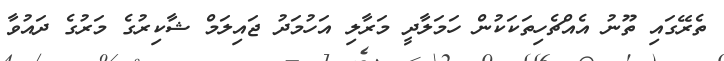
ތެރޭގައި ތޫނު އެއްޗެހިތަކަކުން ހަމަލާދީ މަރާލި އަހުމަދު ޖައިލަމް ޝާކިރުގެ މަރުގެ ދައުވާ